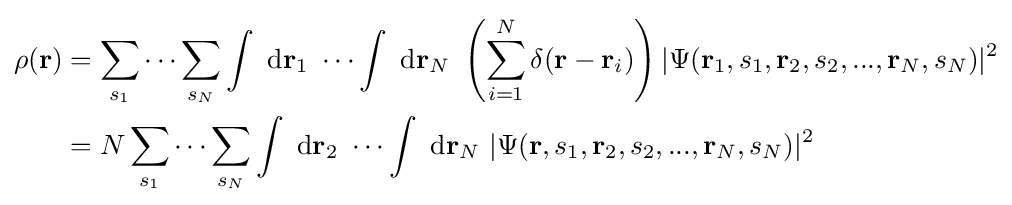
{\begin{aligned}\rho (\mathbf {r} )&=\sum _{{s}_{1}}\cdots \sum _{{s}_{N}}\int \ \mathrm {d} \mathbf {r} _{1}\ \cdots \int \ \mathrm {d} \mathbf {r} _{N}\ \left(\sum _{i=1}^{N}\delta (\mathbf {r} -\mathbf {r} _{i})\right)|\Psi (\mathbf {r} _{1},s_{1},\mathbf {r} _{2},s_{2},...,\mathbf {r} _{N},s_{N})|^{2}\\&=N\sum _{{s}_{1}}\cdots \sum _{{s}_{N}}\int \ \mathrm {d} \mathbf {r} _{2}\ \cdots \int \ \mathrm {d} \mathbf {r} _{N}\ |\Psi (\mathbf {r} ,s_{1},\mathbf {r} _{2},s_{2},...,\mathbf {r} _{N},s_{N})|^{2}\end{aligned}}